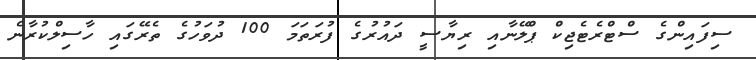
ސިފައިންގެ ސްޓްރެޓެޖިކް ޕްލޭނާއި ރިޔާސީ ދައުރުގެ ފުރަތަމަ 100 ދުވަހުގެ ތެރޭގައި ހާސިލްކުރާނެ